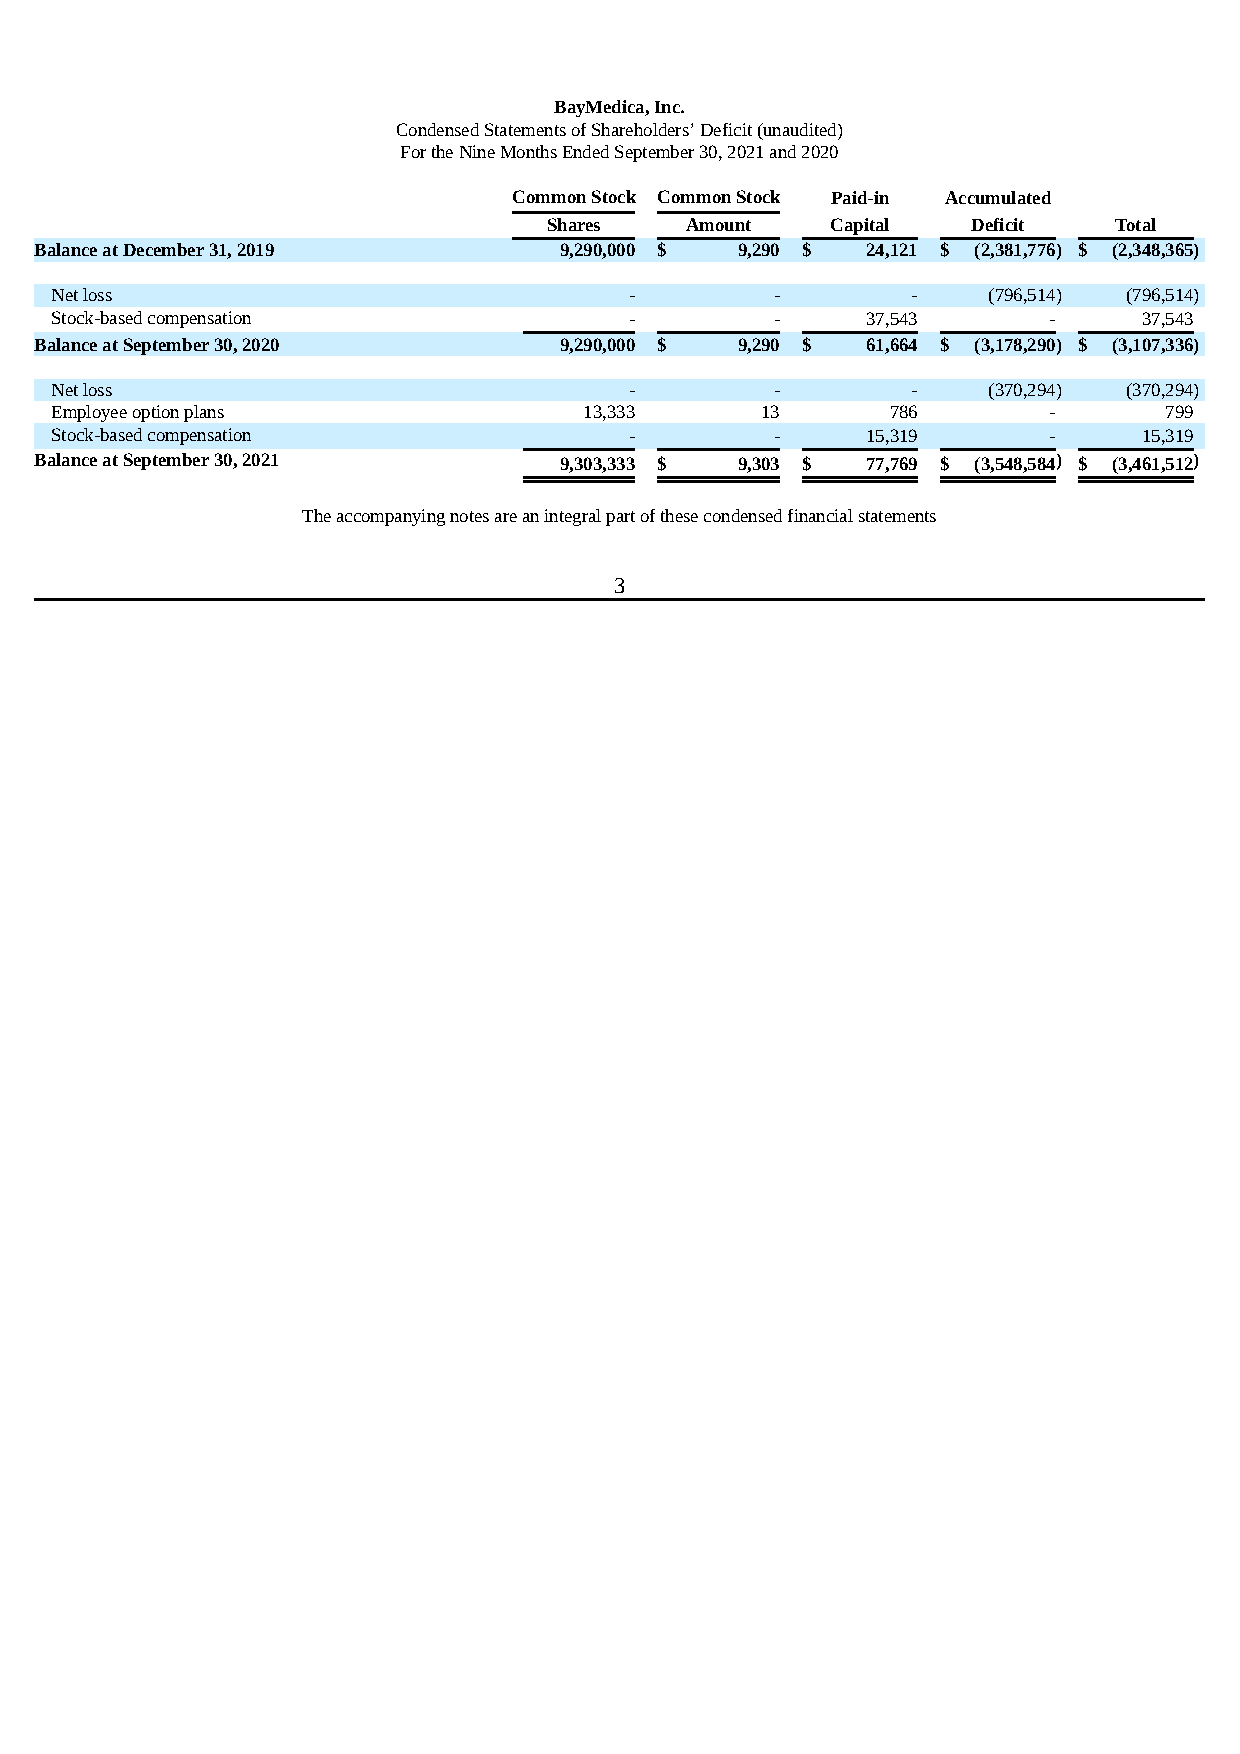
BayMedica, Inc.
 Condensed Statements of Shareholders’ Deficit (unaudited)
 For the Nine Months Ended September 30, 2021 and 2020
 Common Stock Common Stock Paid-in Accumulated
 Shares   Amount    Capital  Deficit   Total
 Balance at December 31, 2019       9,290,000 $ 9,290 $ 24,121 $ (2,381,776) $ (2,348,365)
 Net loss                               -        -        -    (796,514) (796,514)
 Stock-based compensation               -        -     37,543      -      37,543
 Balance at September 30, 2020      9,290,000 $ 9,290 $ 61,664 $ (3,178,290) $ (3,107,336)
 Net loss                               -        -        -    (370,294) (370,294)
 Employee option plans               13,333     13       786       -       799
 Stock-based compensation               -        -     15,319      -      15,319
 Balance at September 30, 2021      9,303,333 $ 9,303 $ 77,769 $ (3,548,584) $ (3,461,512)
 The accompanying notes are an integral part of these condensed financial statements
 3